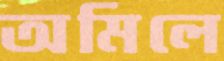
অমিলে